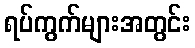
ရပ်ကွက်များအတွင်း